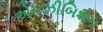
એકઝીબિશન